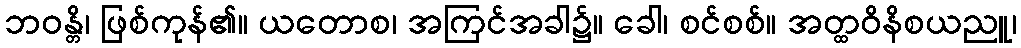
ဘဝန္တိ၊ ဖြစ်ကုန်၏။ ယတောစ၊ အကြင်အခါ၌။ ခေါ၊ စင်စစ်။ အတ္ထဝိနိစယညူ၊